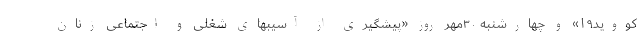
کووید۱۹» و چهارشنبه ۳۰مهر روز «پیشگیری از آسیبهای شغلی و اجتماعی زنان